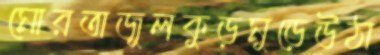
মোরতাজুলকুড়মুড়েউঠা